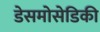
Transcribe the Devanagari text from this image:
डेसमोसेडिकी